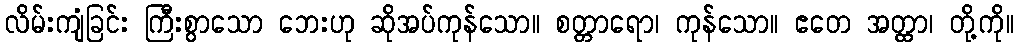
လိမ်းကျံခြင်း ကြီးစွာသော ဘေးဟု ဆိုအပ်ကုန်သော။ စတ္တာရော၊ ကုန်သော။ ဧတေ အတ္ထာ၊ တို့ကို။